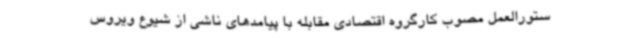
ستورالعمل مصوب کارگروه اقتصادی مقابله با پیامدهای ناشی از شیوع ویروس